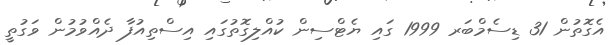
އެގޮތުން 31 ޑިސެމްބަރ 1999 ގައި ޔެޓްސިން ކުއްލިގޮތުގައި އިސްތިއުފާ ދެއްވުމުން ވަގުތީ